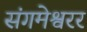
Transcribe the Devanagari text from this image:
संगमेश्वरर